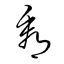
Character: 看